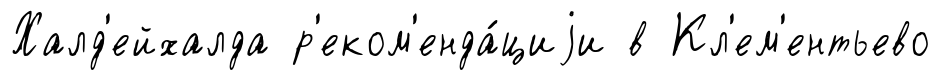
Халд'ейхалда р'еком'енда́циjи в Кл'ем'ентьево